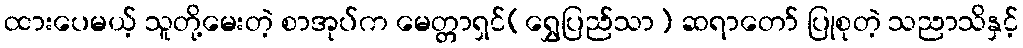
ထားပေမယ့် သူတို့မေးတဲ့ စာအုပ်က မေတ္တာရှင်(ရွှေပြည်သာ) ဆရာတော် ပြုစုတဲ့ သညာသိနှင့်